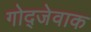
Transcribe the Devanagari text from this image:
गोद्जेवाक